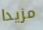
مزيدا